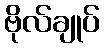
ဗိုလ်ချုပ်